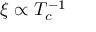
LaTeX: \xi \propto T _ { c } ^ { - 1 }